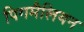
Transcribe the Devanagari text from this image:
पिगमैलियन